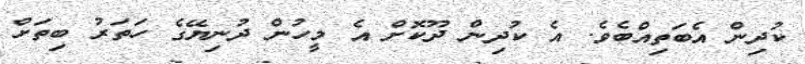
ކުދިން އެބަތިއްބެވެ. އެ ކުދިން ދޫކޮށް އެ މީހުން ދުނިޔޭގެ ހަތަރު ބިތަށް